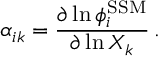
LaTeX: \alpha _ { i k } = \frac { \partial \ln \phi _ { i } ^ { \mathrm { S S M } } } { \partial \ln X _ { k } } \, .